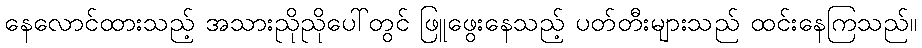
နေလောင်ထားသည့် အသားညိုညိုပေါ်တွင် ဖြူဖွေးနေသည့် ပတ်တီးများသည် ထင်းနေကြသည်။